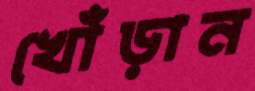
খোঁড়ান